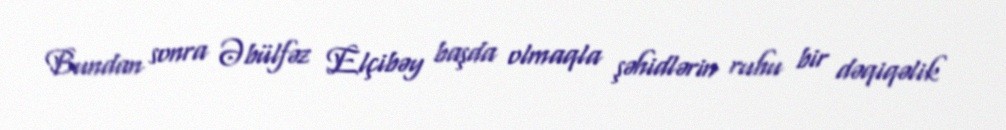
Bundan sonra Əbülfəz Elçibəy başda olmaqla şəhidlərin ruhu bir dəqiqəlik